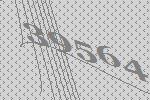
39564